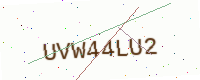
Text: UVW44LU2